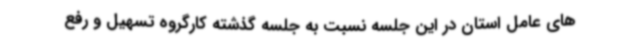
های عامل استان در این‌ جلسه نسبت به جلسه گذشته کارگروه تسهیل و رفع